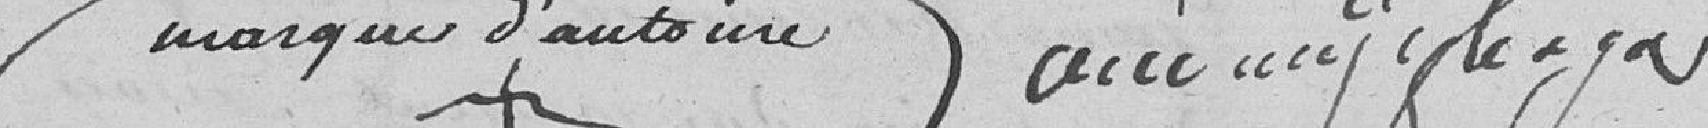
Marque d'Antoine {annotation peu lisible d'une autre main)